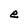
Character: e